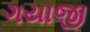
ગયાજી